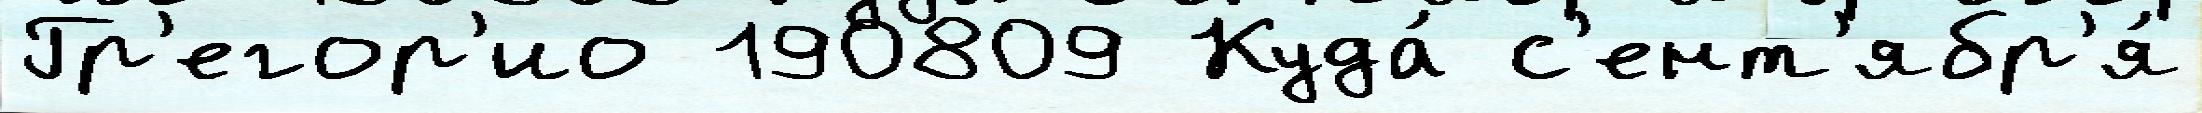
Гр'егор'ио 190809 Куда́ с'ент'ябр'я́